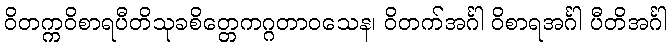
ဝိတက္ကဝိစာရပီတိသုခစိတ္တေကဂ္ဂတာဝသေန၊ ဝိတက်အင်္ဂါ ဝိစာရအင်္ဂါ ပီတိအင်္ဂါ